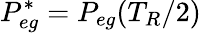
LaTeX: P_{eg}^{*}=P_{eg}(T_{R}/2)